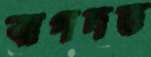
বাগদত্ত